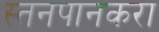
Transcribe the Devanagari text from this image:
स्तनपानकरा